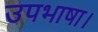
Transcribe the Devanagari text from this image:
उपभाषा।